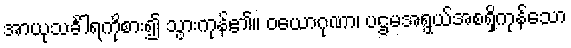
အာယုသင်္ခါရကိုစား၍ သွားကုန်၏။ ဝယောဂုဏာ၊ ပဌမအရွယ်အစရှိကုန်သော